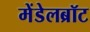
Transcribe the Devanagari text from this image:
मेंडेलब्रॉट